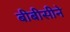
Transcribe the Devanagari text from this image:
बीबीसीने